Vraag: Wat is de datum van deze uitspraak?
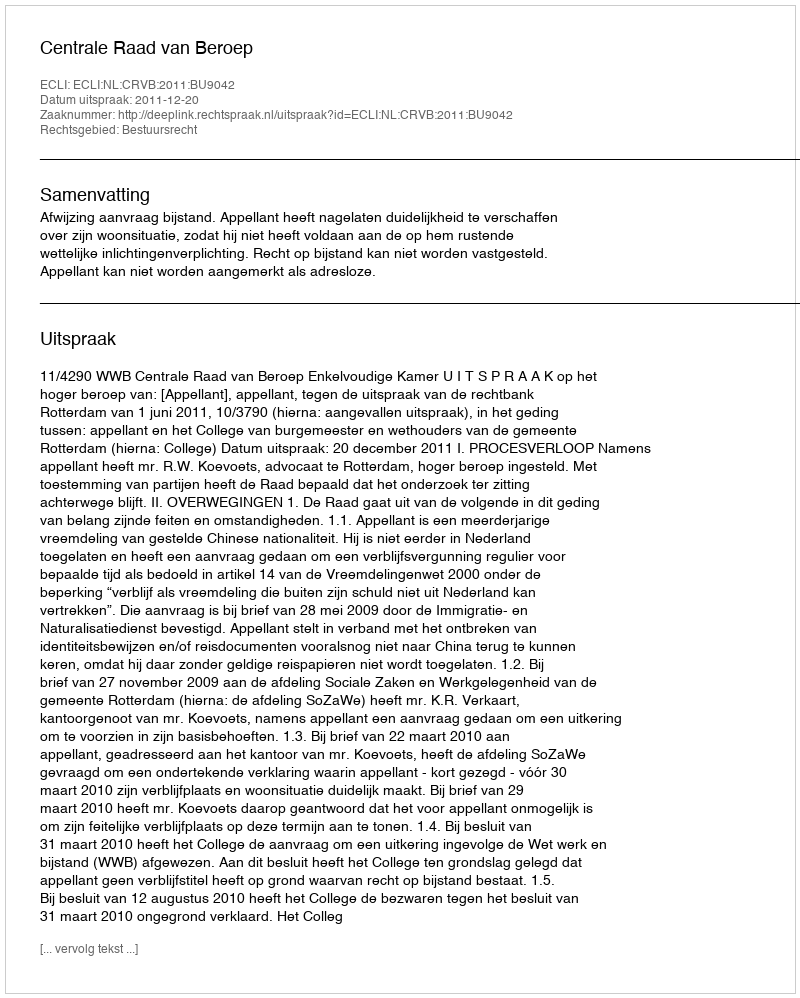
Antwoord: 2011-12-20